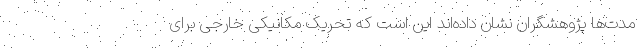
مدت‌ها پژوهشگران نشان داده‌اند این است که تحریک مکانیکی خارجی برای